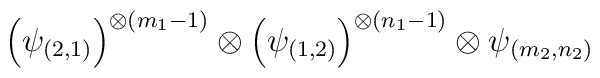
\left(\psi_{(2,1)}\right)^{\otimes (m_{1}-1)}\otimes\left(\psi_{(1,2)}\right)^{\otimes (n_{1}-1)}\otimes\psi_{(m_{2},n_{2})}